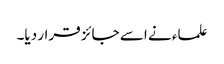
علماء نے اسے جائز قرار دیا۔